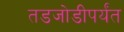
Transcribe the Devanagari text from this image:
तडजोडीपर्यंत